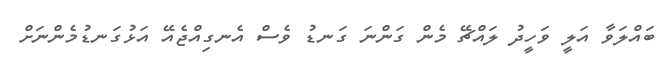
ބައްލަވާ އަލީ ވަހީދު ލައްޗޭ މެން ގަންނަ ގަނޑު ވެސް އެނގިއްޖެއޭ އަޅުގަނޑުމެންނަށް